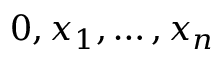
0 , x _ { 1 } , \ldots , x _ { n }